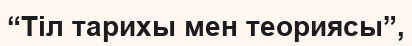
“Тіл тарихы мен теориясы”,